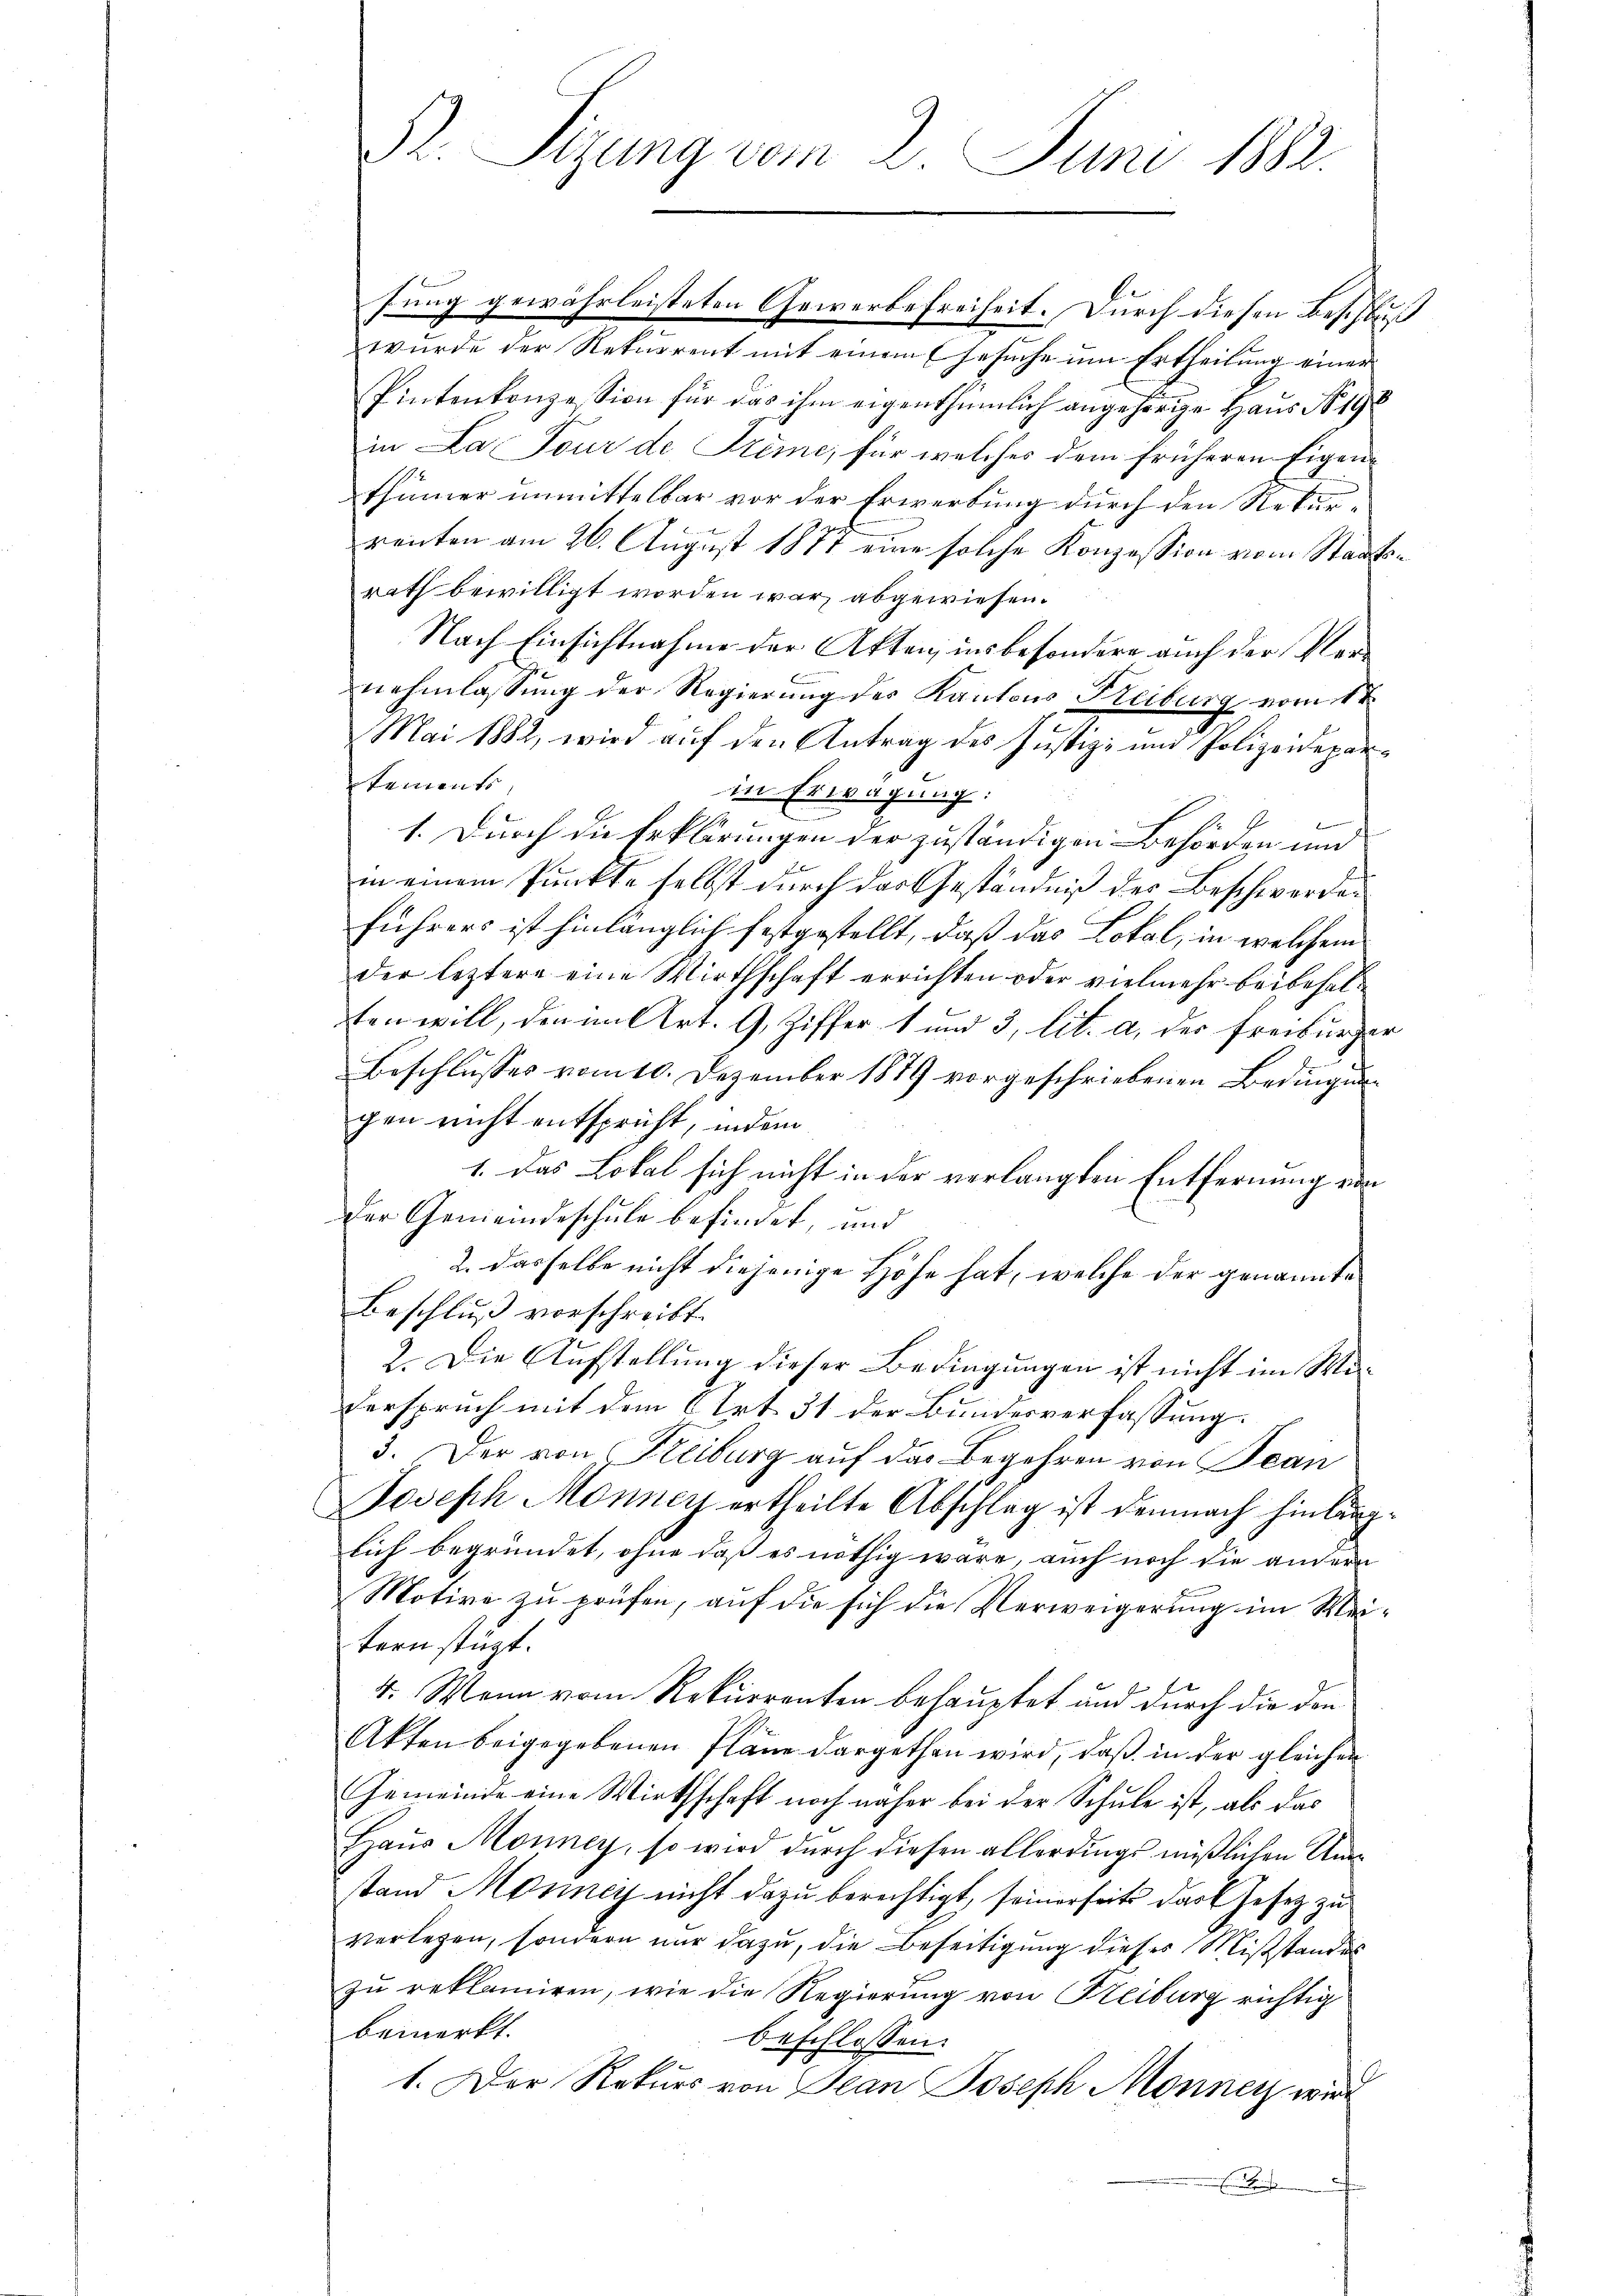
Pr. Sizung vom 2. Juni 1882.

wurde der Rekurrent mit einem Gesuche um Ertheilung einer
Pintenkonzesion für das ihm eigenthümlich angehörige Haus No. 198
in La Four de Trime, für welches dem früheren Eigen
thümer unmittelbar vor der Erwerbung durch den Rekurrenten am 26. August 1877 eine solche Konzession vom Staatsrath bewilligt worden war, abgewiesen.
Nach Einsichtnahme der Akten, insbesondere auch der Vernehmlassung der Regierung des Kantons Freiburg vom 1te
Mai 1882, wird auf den Antrag des Justiz- und Polizeidepartements
in Erwägung:
1. Durch die Erklärungen der zuständigen Behörden und
in einem Punkte selbst durch der Geständniß des Beschwerden
führers ist hinlänglich festgestellt, daß das Lokal, in welchem
der letztere eine Wirthschaft errichten oder vielmehr beibeselten will, den im Art. 9, Ziffer 1 und 3, lit. a, der Freiburger
Beschlusses vom 10. Dezember 1879 vorgeschriebenen Bedingungen nicht entspricht, indem
1. Das Lokal sich nicht in der verlangten Entfernung von
Der Gemeindeschule befindet, und
2. dasselbe nicht diejenige Höhe hat, welche der genannte
Beschluß vorschreibt.
2. Die Aufstellung dieser Bedingungen ist nicht im Mi-
Verspruch mit dem Art. 31 der Bundesverfassung
3. Der von Freiburg auf das Begehren von Bean
Joseph Monney ertheilte Abschlag ist demnach hinlänglich begründet, ohne daß es nöthig wäre, auch noch die andern
Motive zu prüfen, auf die sich die Verweigerung im Weitern stützt.
4. Wenn vom Rekurrenten behauptet und durch die den
Akten beigegebenen Pläne dargethan wird, daß in der gleichen
Gemeinde eine Wirthschaft noch näher bei der Schule ist, als das
Haus Monney, so wird durch diesen allerdings mißlichen Umstand Monney nicht dazu berechtigt, seinerseits das Gesetz zu
verlegen, sondern nur dazu, die Beseitigung dieses Misstandes
zu reklamiren, wie die Regierung von Freiburg richtig
bemerkt.
beschlossen:
1. Der Rekurs von Jean Joseph Monner wird
Eichen

fung gewährleisteten Gewerbefreiheit. Durch diesen Beschlus

1